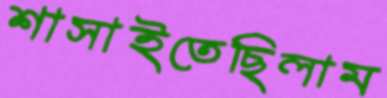
শাসাইতেছিলাম